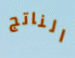
الناتج